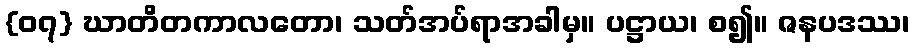
{၀၇} ဃာတိတကာလတော၊ သတ်အပ်ရာအခါမှ။ ပဋ္ဌာယ၊ စ၍။ ဇနပဒဿ၊